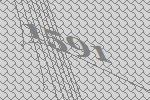
1591